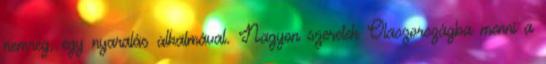
nemrég, egy nyaralás alkalmával. Nagyon szeretek Olaszországba menni a